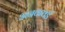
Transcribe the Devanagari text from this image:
अनकवर्ड